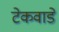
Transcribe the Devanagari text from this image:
टेकवाडे